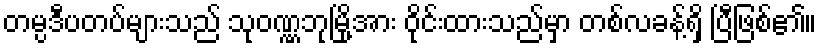
တမ္ပဒီပတပ်များသည် သုဝဏ္ဏဘုမြို့အား ဝိုင်းထားသည်မှာ တစ်လခန့်ရှိ ပြီဖြစ်၏။